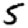
Digit: 5